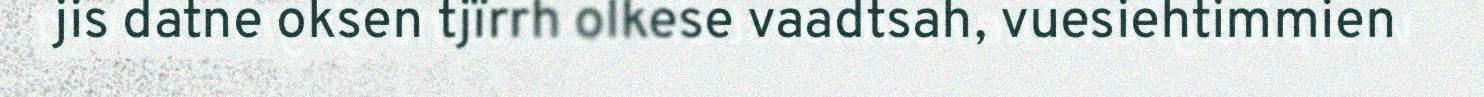
jis datne oksen tjïrrh olkese vaadtsah, vuesiehtimmien